Vaccination Hyderabad 1890-1903 - 1890-1903
Year: 1890
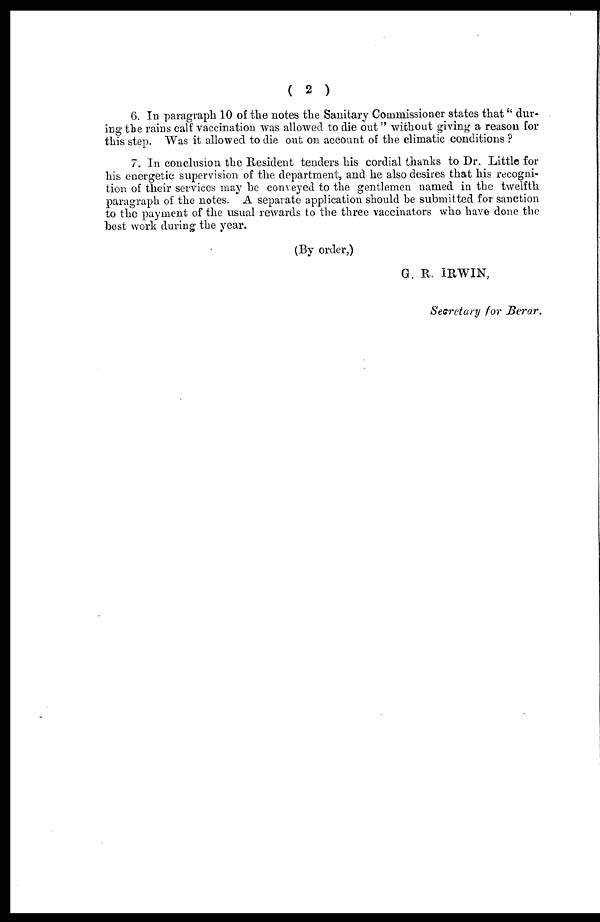
( 2 )
6. In paragraph 10 of the notes the Sanitary Commissioner states that" dur-
ing the rains calf vaccination was allowed to die out" without giving a reason for
this step. Was it allowed to die out on account of the climatic conditions ?
7. In conclusion the Resident tenders his cordial thanks to Dr. Little for
his energetic supervision of the department, and he also desires that his recogni-
tion of their services may be conveyed to the gentlemen named in the twelfth
paragraph of the notes. A separate application should be submitted for sanction
to the payment of the usual rewards to the three vaccinators who have done the
best work during the year.
(By order,)
G. R. IRWIN,
Secretary for Berar.